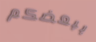
ببعضكم